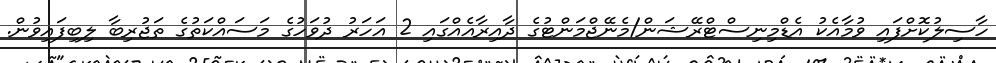
ހާސިލުކޮށްފައި ވުމާއެކު އެޑްމިނިސްޓްރޭޝަން/މެނޭޖްމަންޓުގެ ދާއިރާއެއްގައި 2 އަހަރު ދުވަހުގެ މަސައްކަތުގެ ތަޖުރިބާ ލިބިފައިވުން.